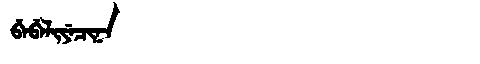
Manchu: ᠪᡝᠪᡝᠯᡳᠶᡝᠴᡳᠨᠠ
Romanization: BEBELIYECINA